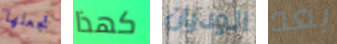
تجعلها كهذا الوديان بعد